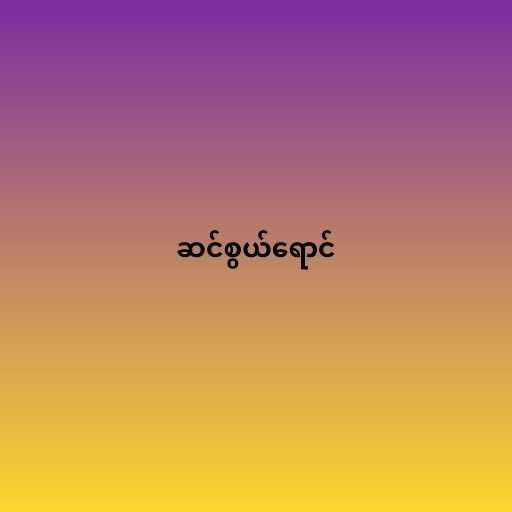
ဆင်စွယ်ရောင်